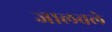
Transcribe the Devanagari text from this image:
जालवले